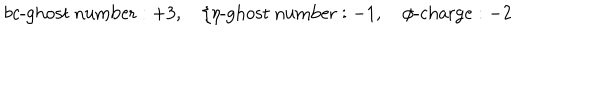
b c \mathrm { - g h o s t ~ n u m b e r } : + 3 , \quad \xi \eta \mathrm { - g h o s t ~ n u m b e r } : - 1 , \quad \phi \mathrm { - c h a r g e } : - 2